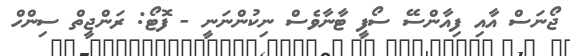
ޖޯނަސް އާއި ފިއާންސޭ ސޯފީ ޓާނާވެސް ނިކުންނަނީ - ފޮޓޯ: ރަންޖީތް ސިންހް